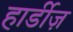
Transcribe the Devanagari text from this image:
हार्डीज़